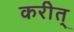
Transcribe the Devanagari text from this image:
करीत्